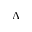
\Lambda